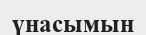
үнасымын